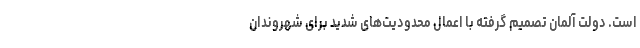
است. دولت آلمان تصمیم گرفته با اعمال محدودیت‌های شدید برای شهروندان